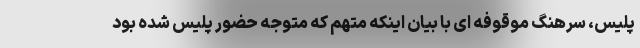
پلیس، سرهنگ موقوفه ای با بیان اینکه متهم که متوجه حضور پلیس شده بود